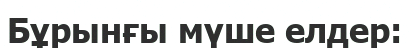
Бұрынғы мүше елдер: